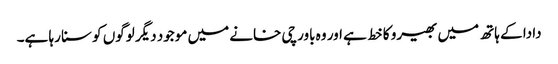
دادا کے ہاتھ میں بھیرو کا خط ہے اور وہ باورچی خانے میں موجود دیگر لوگوں کو سنا رہا ہے۔